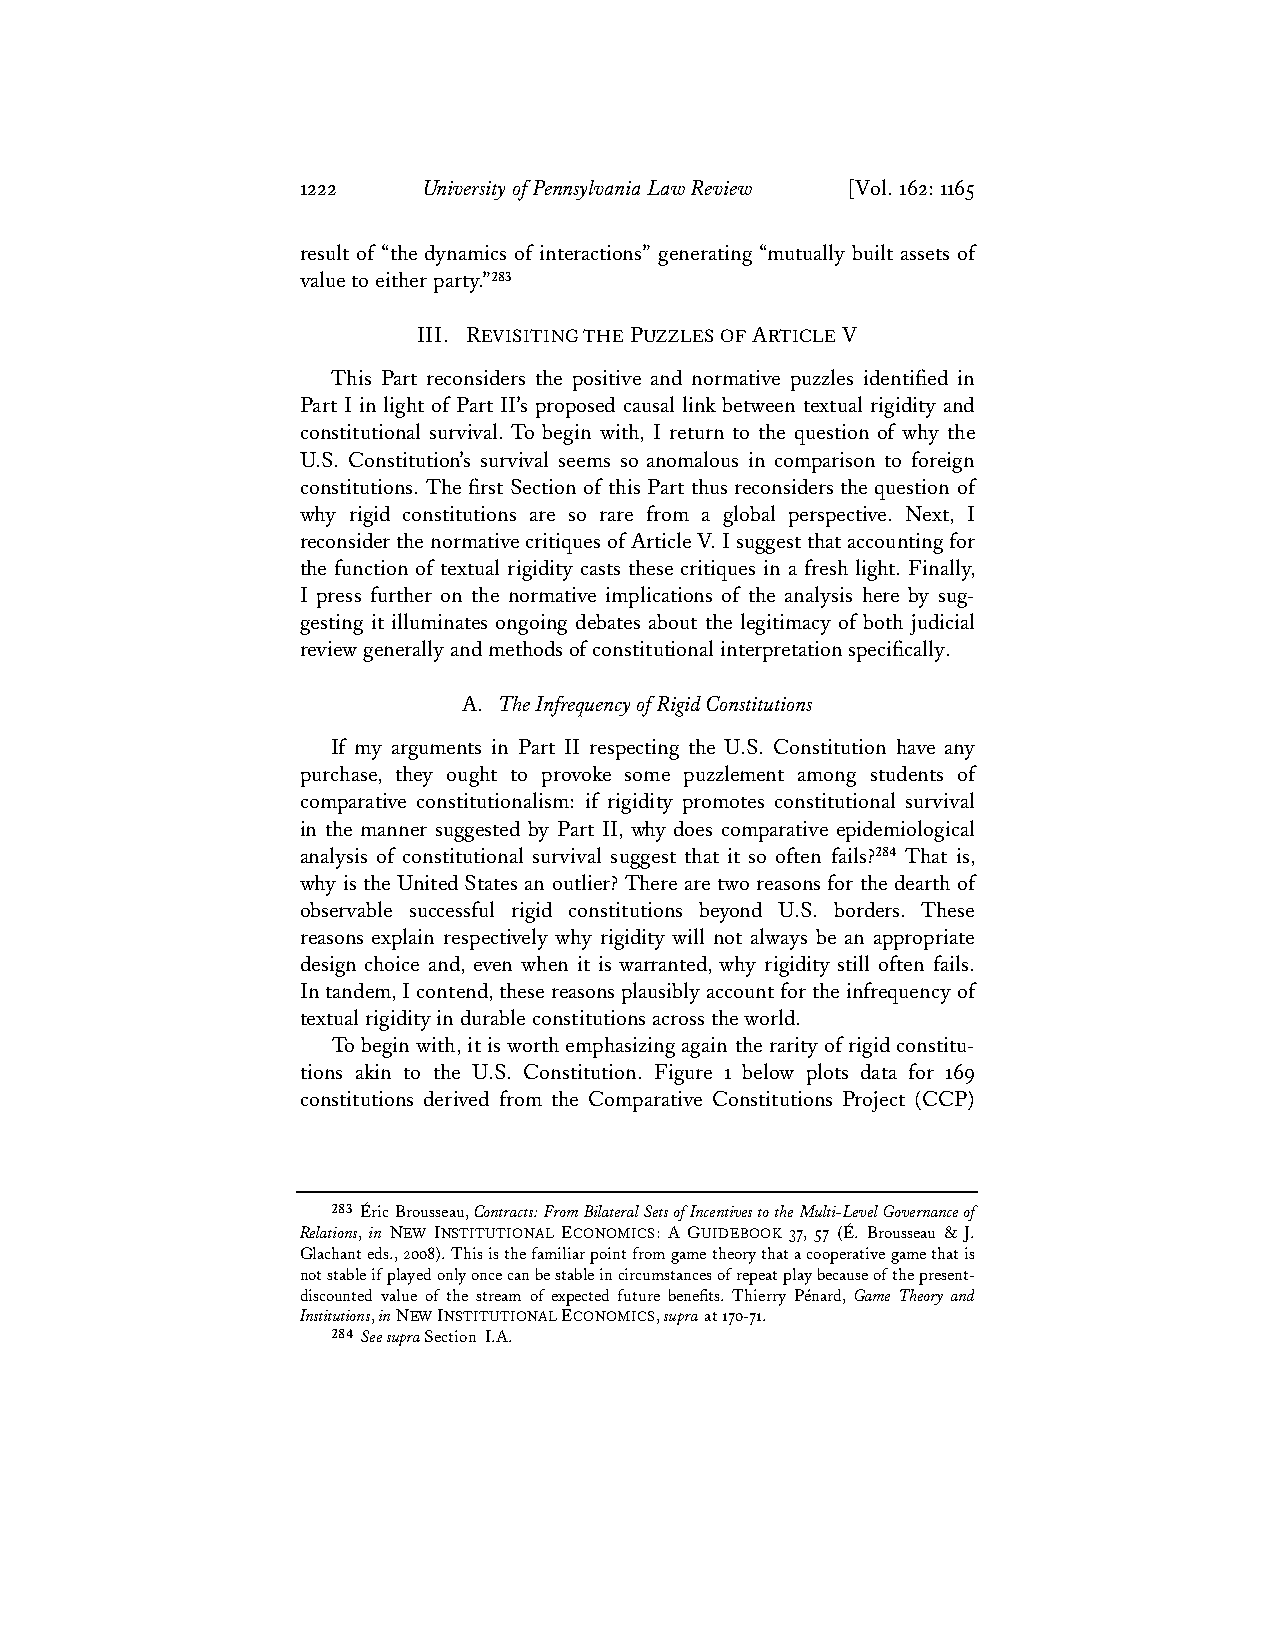
1222    University of Pennsylvania Law Review [Vol. 162: 1165
 result of “the dynamics of interactions” generating “mutually built assets of
 value to either party.”283
 III. REVISITING THE PUZZLES OF ARTICLE V
 This Part reconsiders the positive and normative puzzles identified in
 Part I in light of Part II’s proposed causal link between textual rigidity and
 constitutional survival. To begin with, I return to the question of why the
 U.S. Constitution’s survival seems so anomalous in comparison to foreign
 constitutions. The first Section of this Part thus reconsiders the question of
 why rigid constitutions are so rare from a global perspective. Next, I
 reconsider the normative critiques of Article V. I suggest that accounting for
 the function of textual rigidity casts these critiques in a fresh light. Finally,
 I press further on the normative implications of the analysis here by sug-
 gesting it illuminates ongoing debates about the legitimacy of both judicial
 review generally and methods of constitutional interpretation specifically.
 A. The Infrequency of Rigid Constitutions
 If my arguments in Part II respecting the U.S. Constitution have any
 purchase, they ought to provoke some puzzlement among students of
 comparative constitutionalism: if rigidity promotes constitutional survival
 in the manner suggested by Part II, why does comparative epidemiological
 analysis of constitutional survival suggest that it so often fails?284 That is,
 why is the United States an outlier? There are two reasons for the dearth of
 observable successful rigid constitutions beyond U.S. borders. These
 reasons explain respectively why rigidity will not always be an appropriate
 design choice and, even when it is warranted, why rigidity still often fails.
 In tandem, I contend, these reasons plausibly account for the infrequency of
 textual rigidity in durable constitutions across the world.
 To begin with, it is worth emphasizing again the rarity of rigid constitu-
 tions akin to the U.S. Constitution. Figure 1 below plots data for 169
 constitutions derived from the Comparative Constitutions Project (CCP)
 283 Éric Brousseau, Contracts: From Bilateral Sets of Incentives to the Multi-Level Governance of
 Relations, in NEW INSTITUTIONAL ECONOMICS: A GUIDEBOOK 37, 57 (É. Brousseau & J.
 Glachant eds., 2008). This is the familiar point from game theory that a cooperative game that is
 not stable if played only once can be stable in circumstances of repeat play because of the present-
 discounted value of the stream of expected future benefits. Thierry Pénard, Game Theory and
 Institutions, in NEW INSTITUTIONAL ECONOMICS, supra at 170-71.
 284 See supra Section I.A.